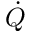
\dot { Q }